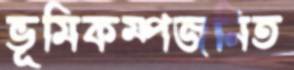
ভূমিকম্পজনিত